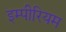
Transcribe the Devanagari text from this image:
इम्पीरियम